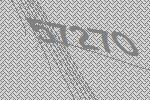
57270